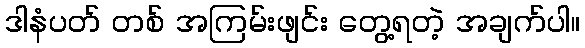
ဒါနံပတ် တစ် အကြမ်းဖျင်း တွေ့ရတဲ့ အချက်ပါ။